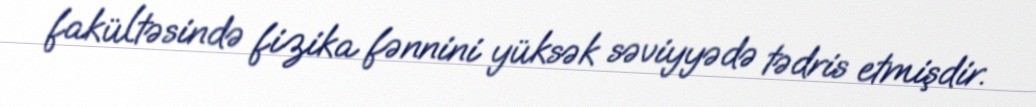
fakültəsində fizika fənnini yüksək səviyyədə tədris etmişdir.